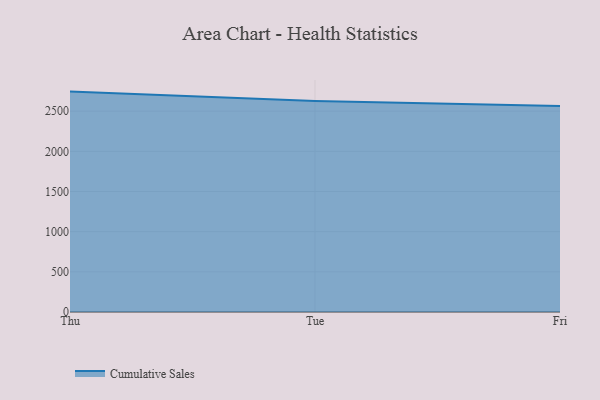
{"axis": {"x": "Day", "y": "Conversion Rate (%)"}, "legend": ["Cumulative Sales"], "data": [{"x": "Thu", "y": 2743.4, "type": "Cumulative Sales"}, {"x": "Tue", "y": 2625.0, "type": "Cumulative Sales"}, {"x": "Fri", "y": 2562.7, "type": "Cumulative Sales"}]}